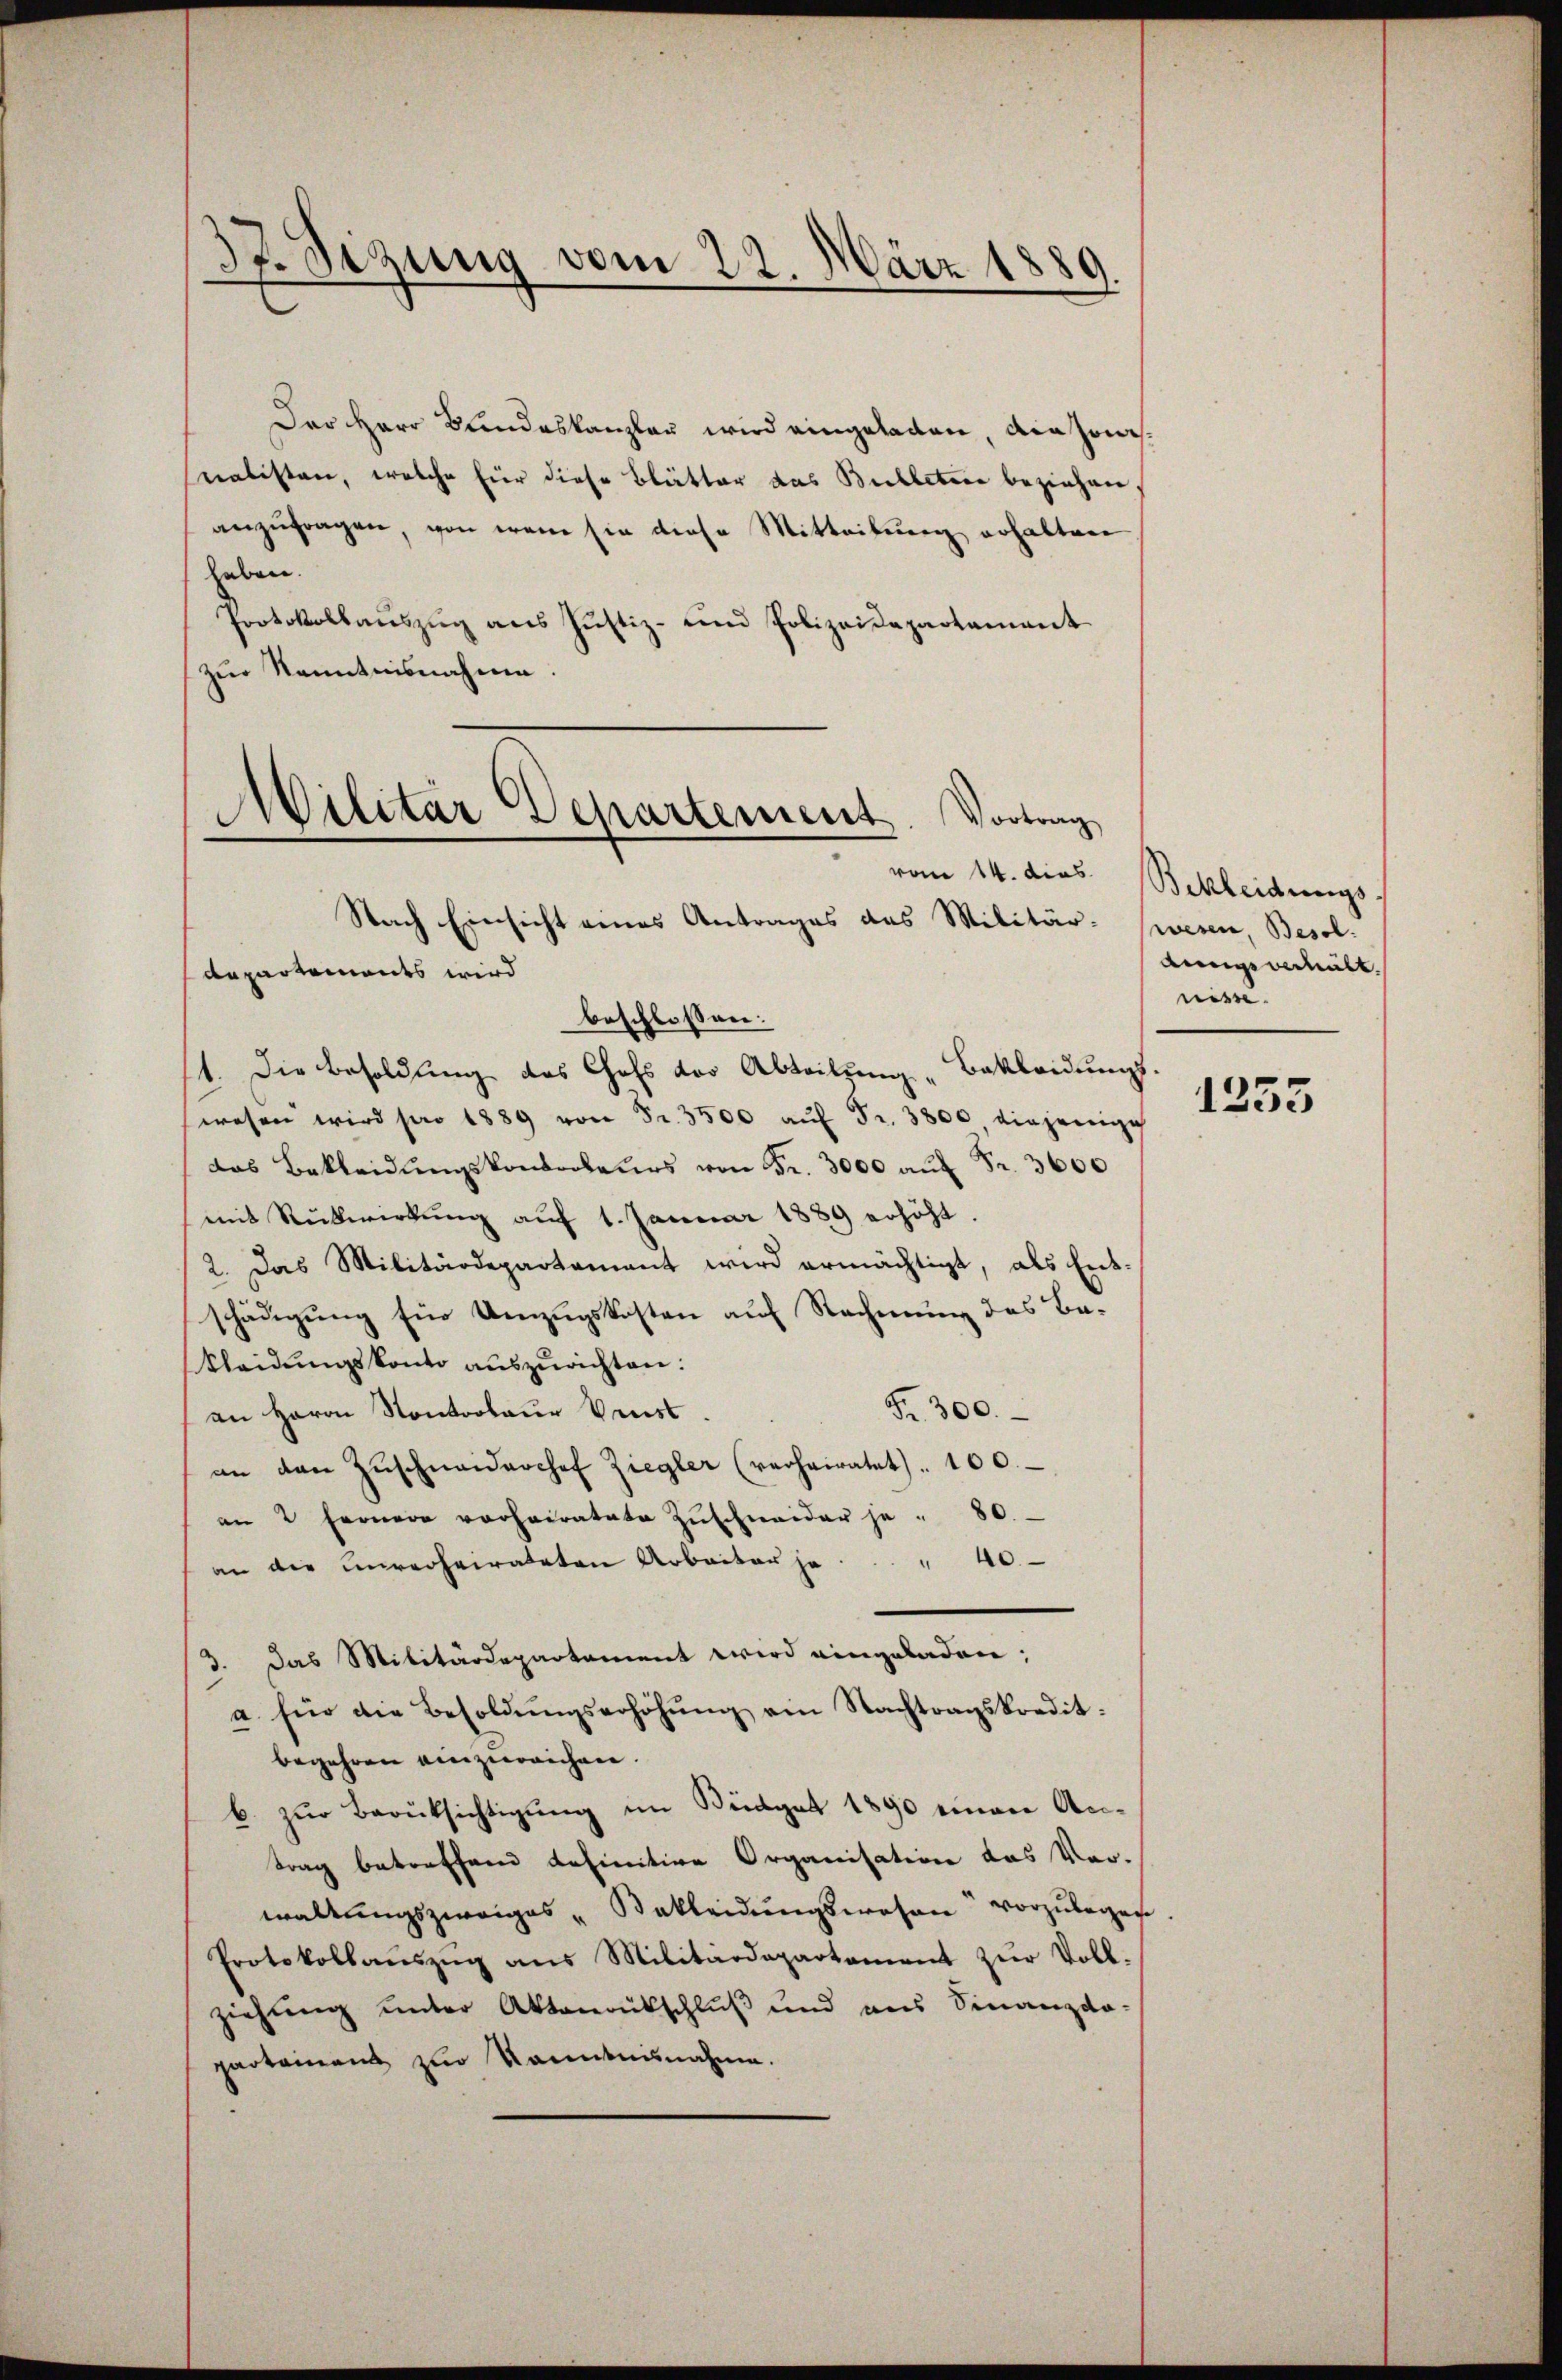
37. Sizung vom 22. März 1889.

Der Herr Bundeskanzler wird eingeladen, die sowasnalisten, welche für diese Blätter das Bulletere beziehen
anzufragen, von wenn sie diese Mitteilung erhalten
haben.
Protokollaŭszŭg ans Jŭstiz- und Polizeidepartament
zur Kenntnisnahme.
Nach Einsicht eines Antrages des Militär- wesen, Besol
departements wird
beschlossen:
1. Die Besoldung des Chefs der Abteilung "Bakleidungs-
wesen wird pro 1889 von Fr. 3500 aŭf Fr. 3800 diejenige
das Bekleidŭngskonsorteurs von Fr. 3000 aŭf Fr. 3600
mit Rükwirkung auf 1. Januar 1889 erhöht.
2. Das Militärdepartament wird ermächtigt, als Ent-
schädigung für Umzugskosten auf Rechnung des Ba¬
Kleidungskonto auszurichten.
Fr. 300.
an Herrn Kontroleur Verst
an den Zŭschnaidarchef Ziegler (verheiratet . 100.
an 2 Fernere vorheiratete Zŭschneider je " 80.
an die unverheirateten Arbeiter je. " 40
3. Das Militärdepartement wird eingeladen;
a. für die Besoldŭngserhöhŭng ein Nachtragskredit.
begehren einzureichen.
b. zur Berüksichtigung im Büdget 1890 einem An-
trag betreffend definitive Organisation das Vor-
waltungszweiges „Bekleidungswesen vorzubegege
Protokollaŭszŭg ans Militärdepartement zur Voll-
ziehung unter Aktenrückschluß und aus Finanzdo-
partement zur Kenntnisnahme.

Militar Departement. Vortrag

vom 14. dies Bekleidungs
Aingeschält.
nisse.

1253